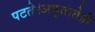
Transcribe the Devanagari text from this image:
पटते।अमृतातेही